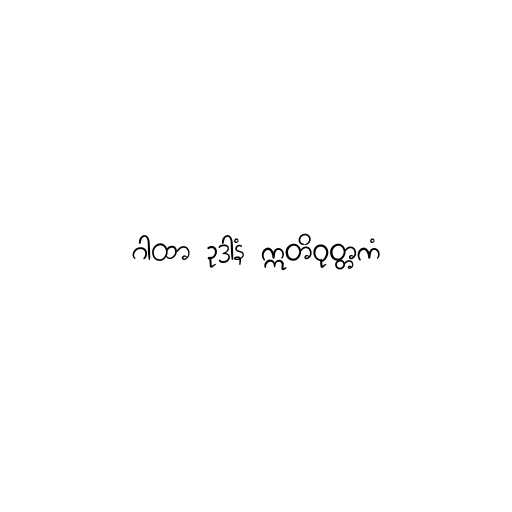
ဂါထာ ဥဒာနံ ဣတိဝုတ္တကံ